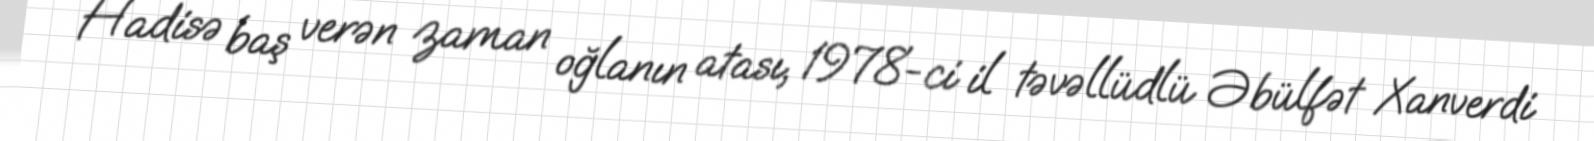
Hadisə baş verən zaman oğlanın atası, 1978-ci il təvəllüdlü Əbülfət Xanverdi